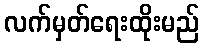
လက်မှတ်ရေးထိုးမည်